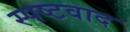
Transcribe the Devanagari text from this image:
स्पष्टवाद